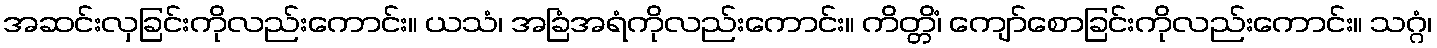
အဆင်းလှခြင်းကိုလည်းကောင်း။ ယသံ၊ အခြံအရံကိုလည်းကောင်း။ ကိတ္တိံ၊ ကျော်စောခြင်းကိုလည်းကောင်း။ သဂ္ဂံ၊